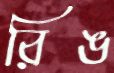
রিঙ